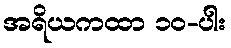
အရိယကထာ ၁၀-ပါး